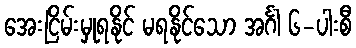
အေးငြိမ်းမှုရနိုင် မရနိုင်သော အင်္ဂါ ၆-ပါးစီ